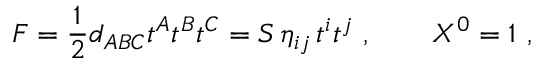
F = { \frac { 1 } { 2 } } d _ { A B C } t ^ { A } t ^ { B } t ^ { C } = S \, \eta _ { i j } \, t ^ { i } t ^ { j } \ , \qquad X ^ { 0 } = 1 \ ,